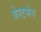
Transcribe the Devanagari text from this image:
बेस्टमेन